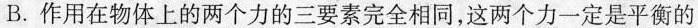
B.作用在物体上的两个力的三要素完全相同，这两个力一定是平衡的